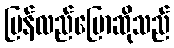
ပြန်လည်ပြောဆိုသည်